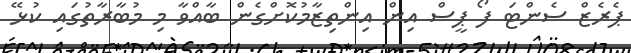
ޕެރެޒް ސެންޓަ ފޯ ޕީސް އިން އިންތިޒާމުކޮށްގެން ބާއްވާ މި މުބާރާތުގައި ކުޅޭ